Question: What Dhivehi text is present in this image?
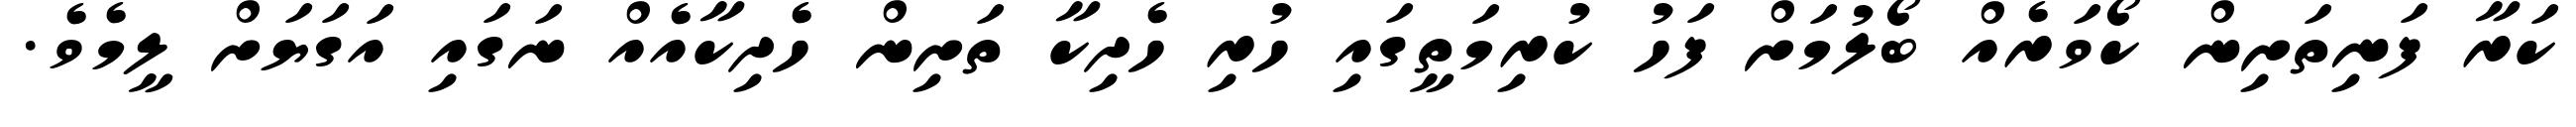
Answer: ކަރާ ފަނިތަށިން ކޯވަރެއް ބޯލުމަށް ފަހު ކުރިމަތީގައި ހުރި ހެދިކާ ތަށިން ހެދިކާއެއް ނަގައި އަގަޔަށް ލީމެވެ.